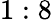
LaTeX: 1:8